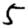
Digit: 5